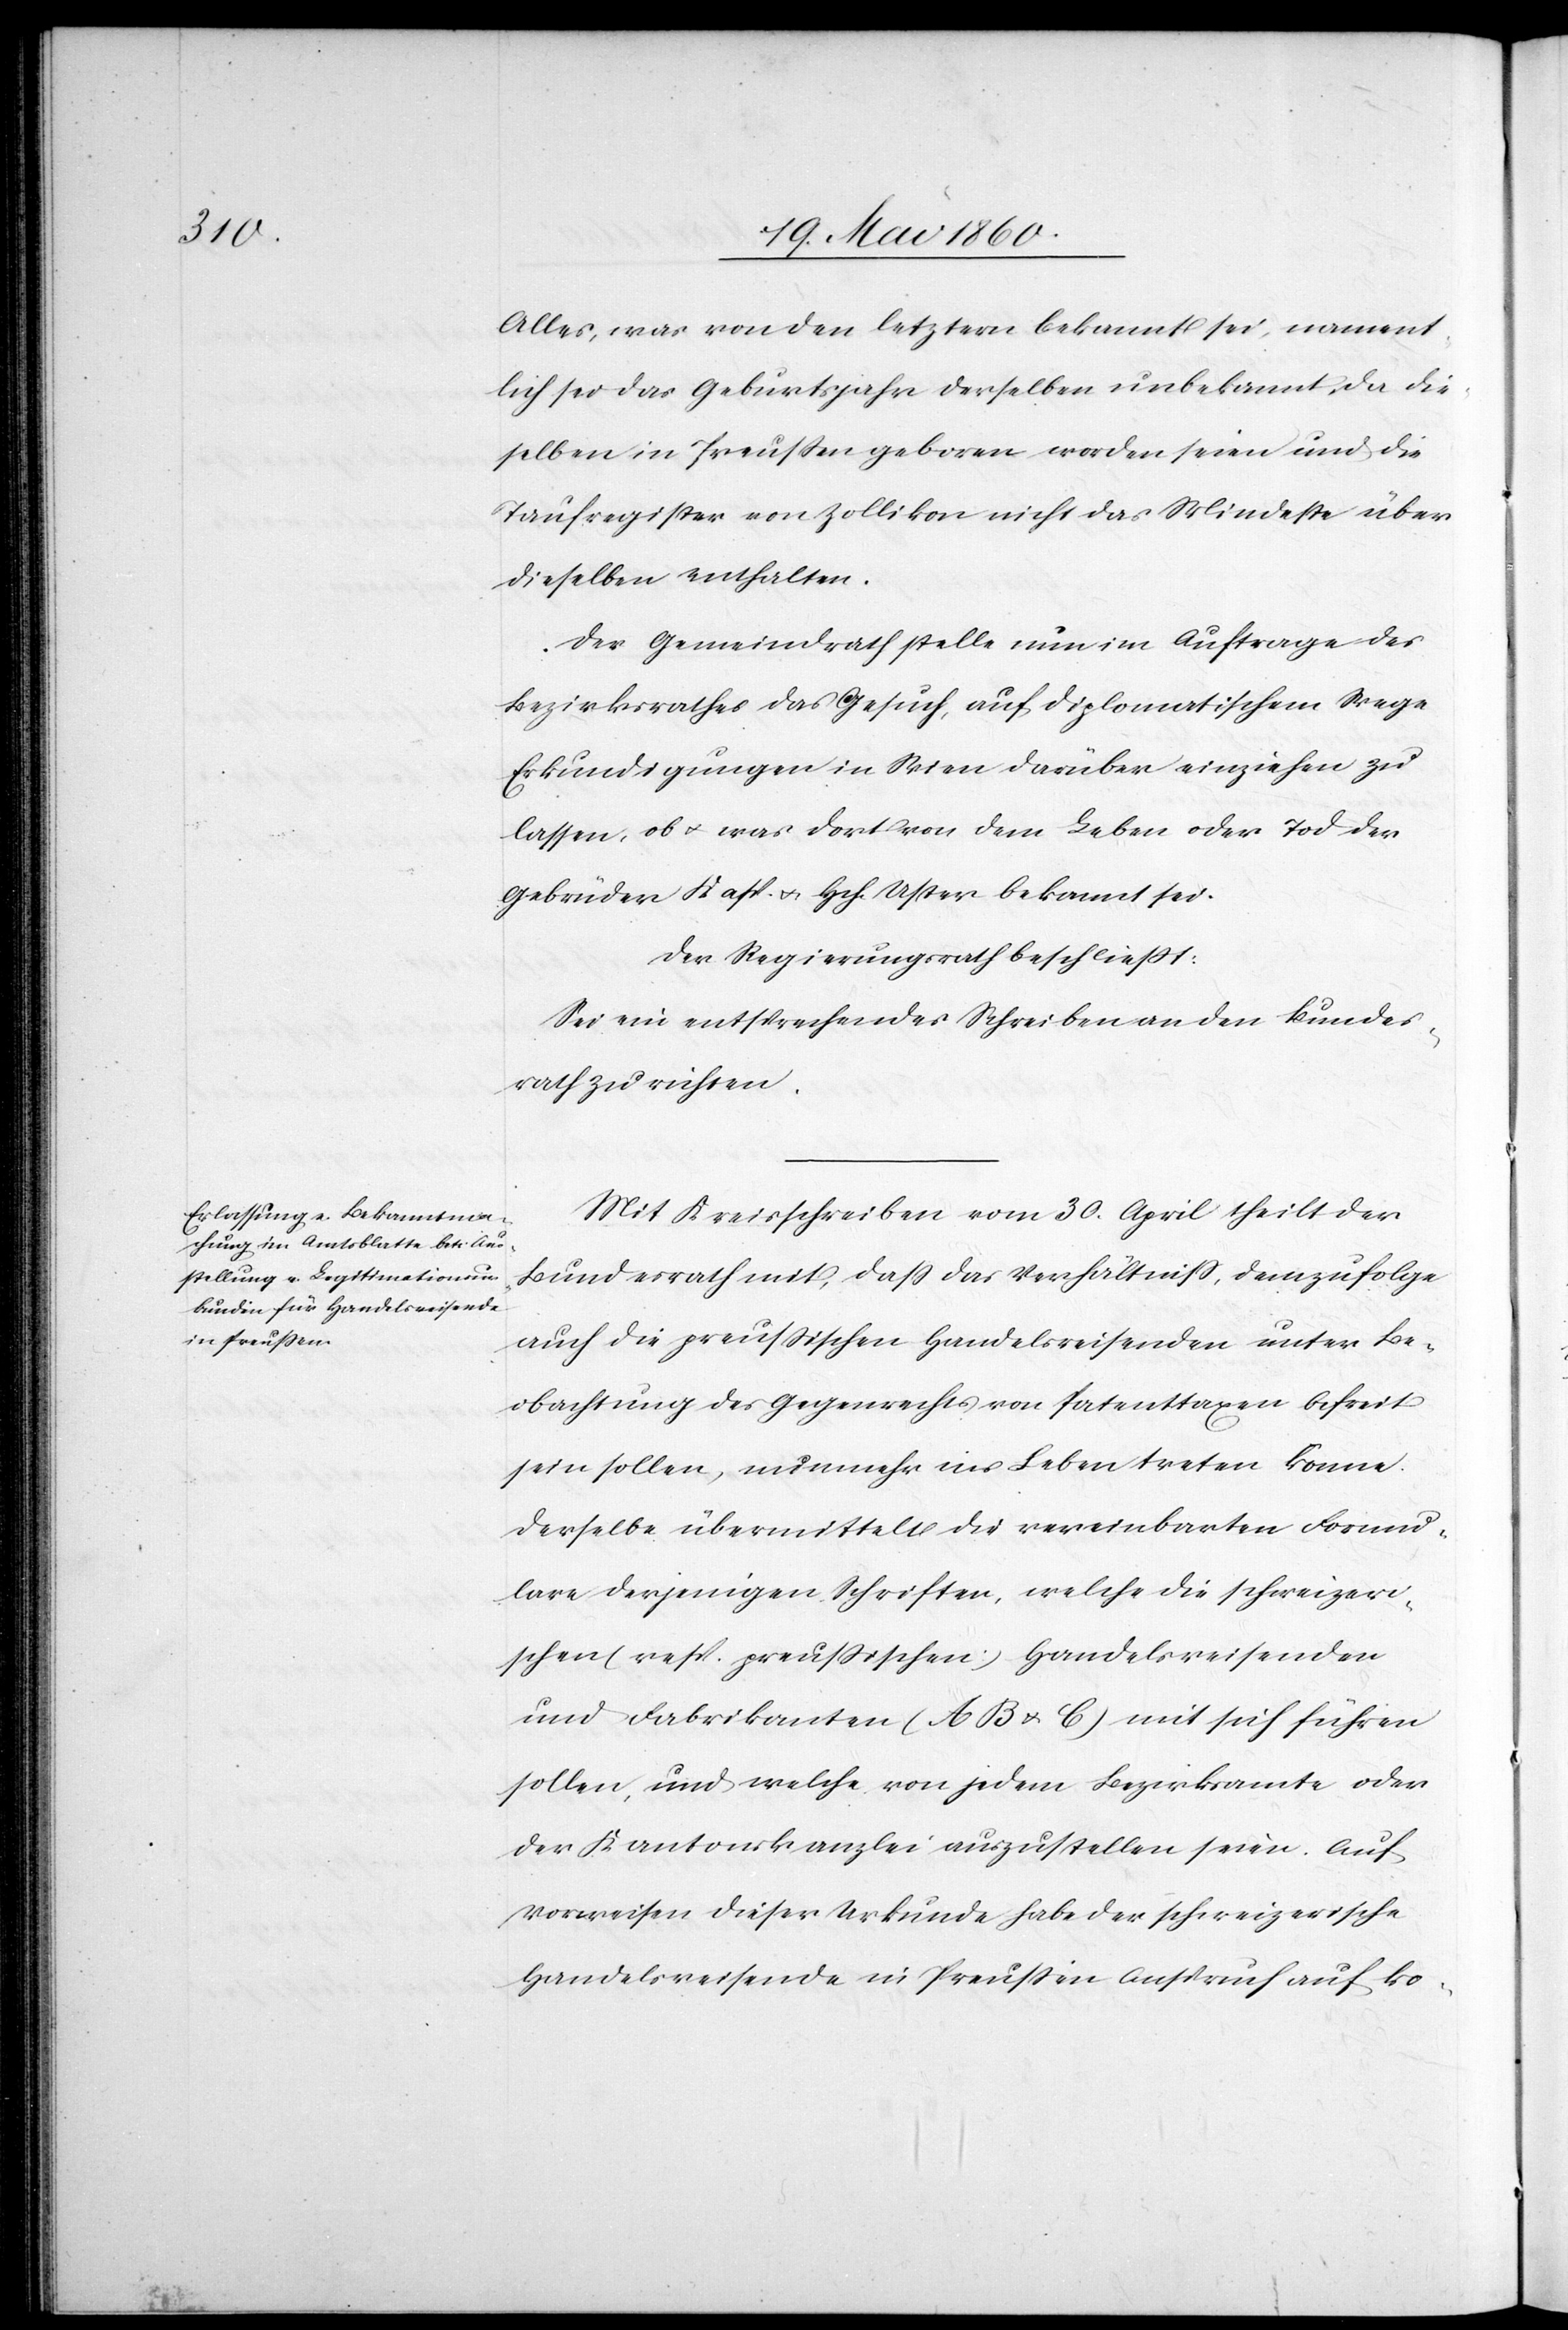
Alles, was von den letztern bekannt sei, nament¬
lich sei das Geburtsjahr derselben unbekannt, da die¬
selben in Preussen geboren worden seien und die
Taufregister von Zollikon nicht das Mindeste über
dieselben enthalten.
Der Gemeindrath stelle nun im Auftrage des
Bezirksrathes das Gesuch, auf diplomatischem Wege
Erkundigungen in Wien darüber einziehen zu
lassen, ob u. was dort von dem Leben oder Tod der
Gebrüder Kasp. u. Hch. Uster bekannt sei.
Der Regierungsrath beschliesst.
Sei ein entsprechendes Schreiben an den Bundes¬
rath zu richten.
Mit Kreisschreiben vom 30. April theilt der
Bundesrath mit, dass das Verhältniss, demzufolge
auch die preussischen Handelsreisenden unter Be¬
obachtung des Gegenrechts von Patenttaxen befreit
sein sollen, nunmehr ins Leben treten könne.
Derselbe übermittelt die vereinbarten Formu¬
lare derjenigen Schriften, welche die schweizeri¬
schen (resp. preussischen) Handelsreisenden
und Fabrikanten (A B u. C) mit sich führen
sollen, und welche von jedem Bezirksamte oder
der Kantonskanzlei auszustellen seien. Auf
Vorweisen dieser Urkunde habe der schweizerische
Handelsreisende in Preussen ein Anspruch auf ko-